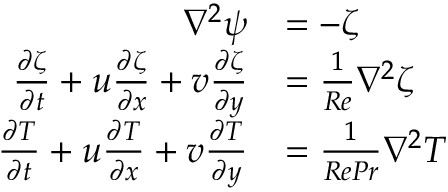
\begin{array} { r l } { \nabla ^ { 2 } \psi } & { = - \zeta } \\ { \frac { \partial \zeta } { \partial t } + u \frac { \partial \zeta } { \partial x } + v \frac { \partial \zeta } { \partial y } } & { = \frac { 1 } { R e } \nabla ^ { 2 } \zeta } \\ { \frac { \partial T } { \partial t } + u \frac { \partial T } { \partial x } + v \frac { \partial T } { \partial y } } & { = \frac { 1 } { R e P r } \nabla ^ { 2 } T } \end{array}